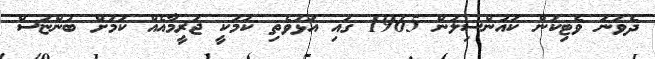
ދެވަނަ ވެޓިކަން ކައުންސިލުން 1965 ގައި އަޅުވެތި ކަމަކީ ޖަރީމާއެއް ކަމަށް ބުންޏަސް